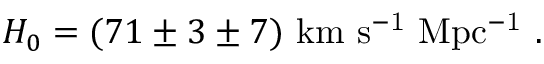
H _ { 0 } = ( 7 1 \pm 3 \pm 7 ) \ \mathrm { k m \ s ^ { - 1 } \ M p c ^ { - 1 } } \ .